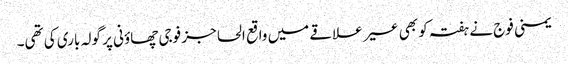
یمنی فوج نے ہفتہ کو بھی عسیر علاقے میں واقع الحاجز فوجی چھاؤنی پر گولہ باری کی تھی۔